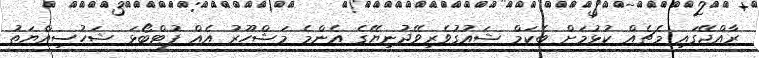
ރާއްޖޭގައި މެޗެއް ކުޅުމަށް ބެކަމް ޝައުގުވެރިވޭދުނިޔޭގެ އެންމެ މަޝްހޫރު އެއް ފުޓްބޯޅަ ޝަހުސިއްޔަތު